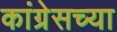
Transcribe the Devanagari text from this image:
कांग्रेसच्या